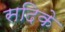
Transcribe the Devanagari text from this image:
सदिके